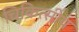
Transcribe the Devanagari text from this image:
चिकित्‍सीय